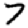
Digit: 7